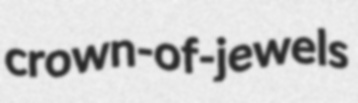
crown-of-jewels